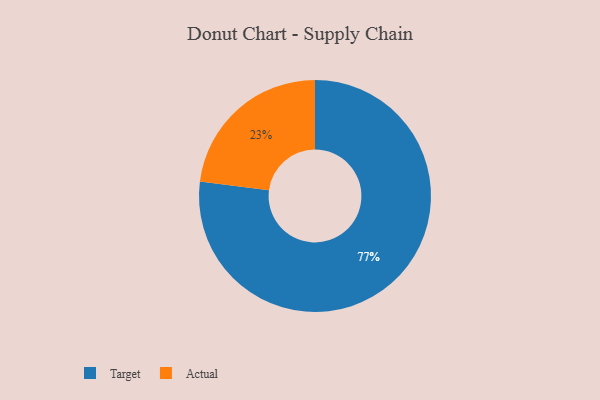
{"axis": {"x": "Category", "y": "Percentage"}, "legend": ["Actual", "Target"], "data": [{"x": "Actual", "y": 23, "type": "Actual"}, {"x": "Target", "y": 77, "type": "Target"}]}